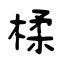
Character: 楺